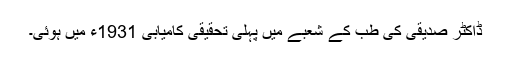
ڈاکٹر صدیقی کی طب کے شعبے میں پہلی تحقیقی کامیابی 1931ء میں ہوئی۔